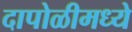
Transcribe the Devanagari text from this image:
दापोळीमध्ये